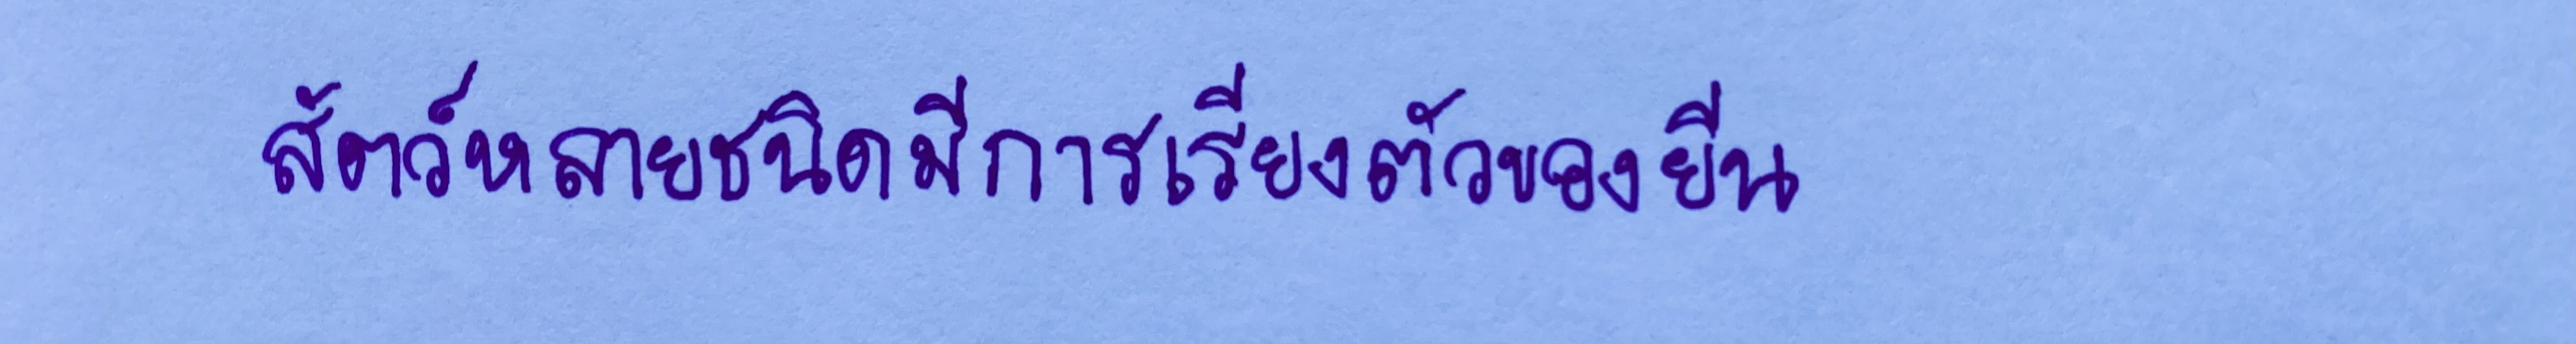
สัตว์หลายชนิดมีการเรียงตัวของยีน